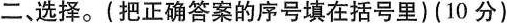
二、选择。(把正确答案的序号填在括号里)(10分)